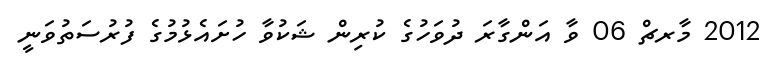
2012 މާރޗް 06 ވާ އަންގާރަ ދުވަހުގެ ކުރިން ޝަކުވާ ހުށައެޅުމުގެ ފުރުސަތުވަނީ